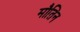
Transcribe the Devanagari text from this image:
मौतिन